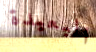
البعيدة